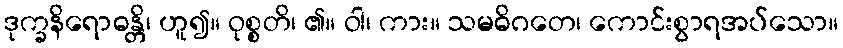
ဒုက္ခနိရောဓန္တိ၊ ဟူ၍။ ဝုစ္စတိ၊ ၏။ ဝါ၊ ကား။ သမဓိဂတေ၊ ကောင်းစွာရအပ်သော။